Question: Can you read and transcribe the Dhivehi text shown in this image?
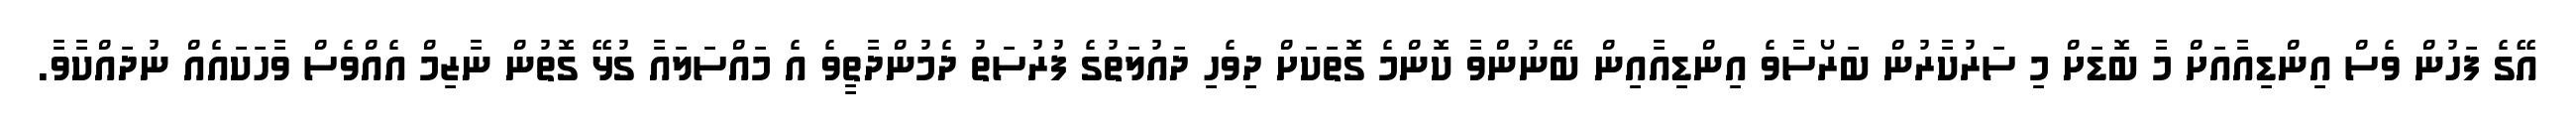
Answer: އޭގެ ފަހުން ވެސް އިންޑިއާއަށް މާ ބޮޑަށް މި ސަރުކާރުން ބަރޯސާވެ އިންޑިއާއިން ބޭނުންވާ ކޮންމެ ގޮތަކަށް ދިވެހި ދައުލަތުގެ ފުރުސަތު ދެމުންދާތީވެ އެ މައްސަލައާ ގުޅޭ ގޮތުން ނާޒިމް އެއްވެސް ވާހަކައެއް ނުދައްކާވާ.